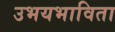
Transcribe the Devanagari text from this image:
उभयभाविता